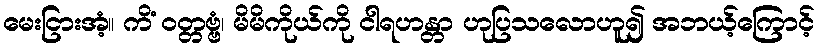
မေးငြားအံ့။ ကိံ ဝတ္တဗ္ဗံ၊ မိမိကိုယ်ကို ငါရဟန္တာ ဟုပြသလောဟူ၍ အဘယ့်ကြောင့်